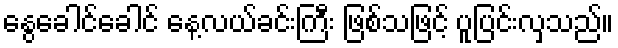
နွေခေါင်ခေါင် နေ့လယ်ခင်းကြီး ဖြစ်သဖြင့် ပူပြင်းလှသည်။